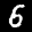
Label: 6